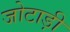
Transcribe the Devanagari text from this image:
जोटाड़ी